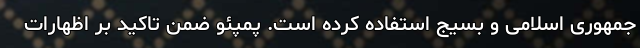
جمهوری اسلامی و بسیج استفاده کرده است. پمپئو ضمن تاکید بر اظهارات